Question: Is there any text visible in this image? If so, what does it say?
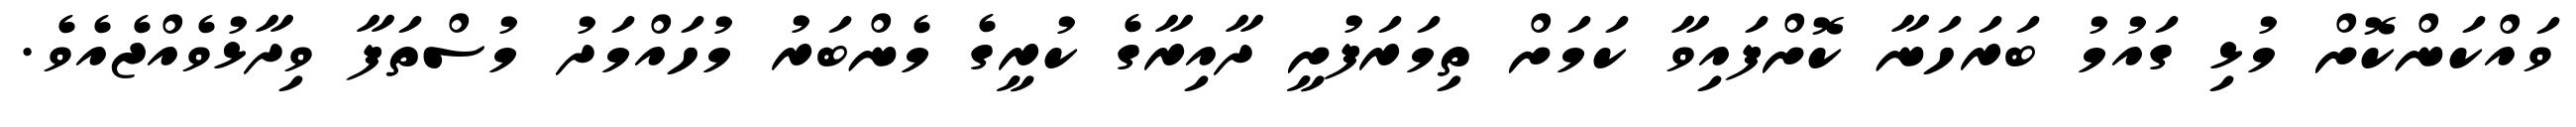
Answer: ވައްކަންކޮށް މުޅި ގައުމު ބަރަހަނާ ކޮށްފައިވާ ކަމަށް ތިމަރަފުށީ ދާއިރާގެ ކުރީގެ މެންބަރު މުހައްމަދު މުސްތަފާ ވިދާޅުވެއްޖެއެވެ.